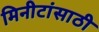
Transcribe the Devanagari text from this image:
मिनीटांसाठी